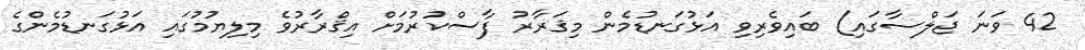
42 ވަނަ ޖަލްސާގައި) ބައިވެރިވި އަޅުގަނޑުމެން މިޤަރާރު ފާސްކުރުމަށް އިޤްރާރުވެ މިލިޔުމުގައި އަޅުގަނޑުމެންގެ